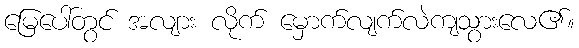
မြေပေါ်တွင် အလျား လိုက် မှောက်လျက်လဲကျသွားလေ၏။